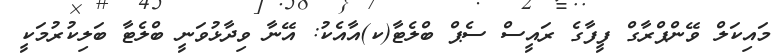
މައިކަލް ވޭންޕްރާގް ފީފާގެ ރައީސް ސެޕް ބްލެޓާ(ކ)އާއެކު: އޭނާ ވިދާޅުވަނީ ބްލެޓާ ބަލިކުރުމަކީ